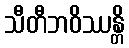
သီတီဘဝိဿန္တိ